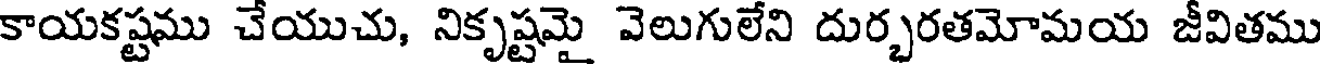
కాయకష్టము చేయుచు, నికృష్టమై వెలుగులేని దుర్భరతమోమయ జీవితము